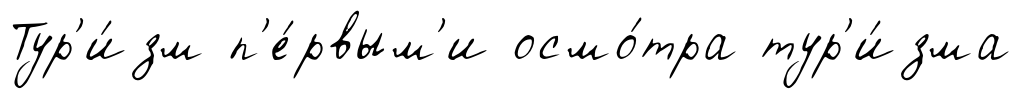
Тур'и́зм п'е́рвым'и осмо́тра тур'и́зма